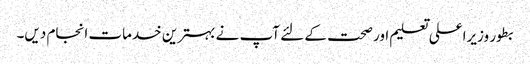
بطور وزیراعلی تعلیم اور صحت کے لئے آپ نے بہترین خدمات انجام دیں۔